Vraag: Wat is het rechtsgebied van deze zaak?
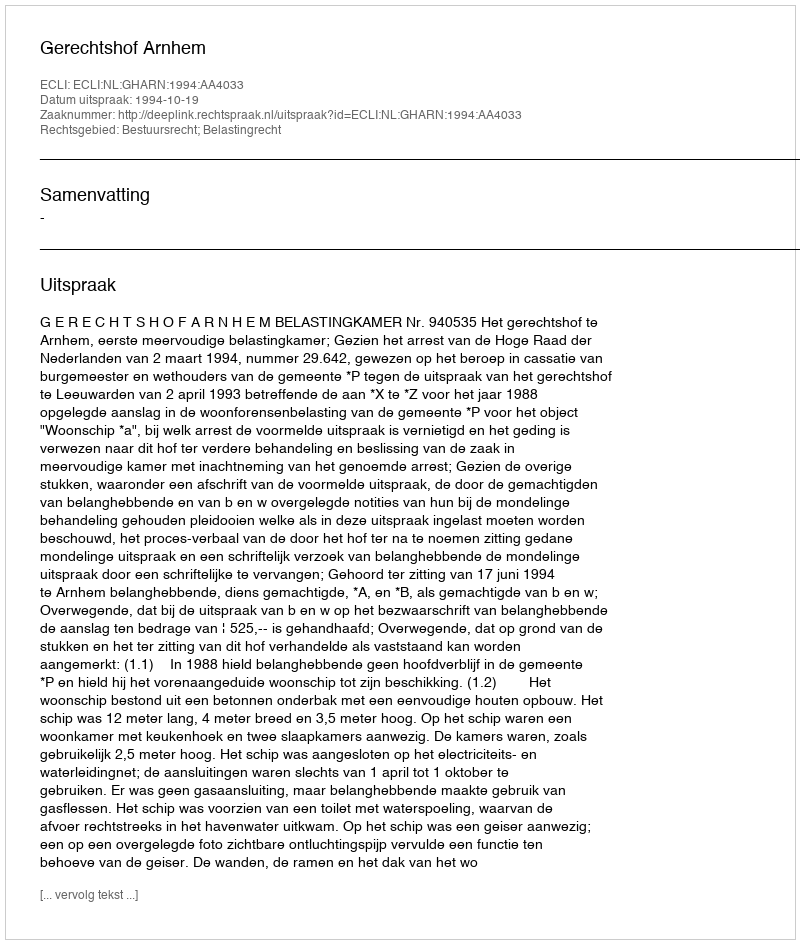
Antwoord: Bestuursrecht; Belastingrecht